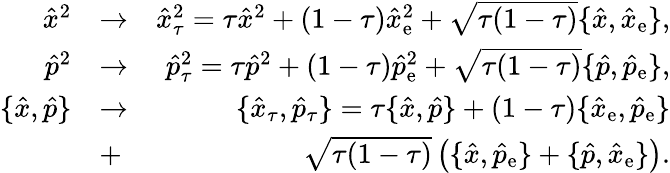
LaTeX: \begin{array}{rlr}{\hat{x}^{2}}&{\rightarrow}&{\hat{x}_{\tau}^{2}=\tau\hat{x}^{2}+(1-\tau)\hat{x}_{\mathrm{e}}^{2}+\sqrt{\tau(1-\tau)}\{ \hat{x},\hat{x}_{\mathrm{e}}\} ,}\\ {\hat{p}^{2}}&{\rightarrow}&{\hat{p}_{\tau}^{2}=\tau\hat{p}^{2}+(1-\tau)\hat{p}_{\mathrm{e}}^{2}+\sqrt{\tau(1-\tau)}\{ \hat{p},\hat{p}_{\mathrm{e}}\} ,}\\ {\{ \hat{x},\hat{p}\} }&{\rightarrow}&{\{ \hat{x}_{\tau},\hat{p}_{\tau}\} =\tau\{ \hat{x},\hat{p}\} +(1-\tau)\{ \hat{x}_{\mathrm{e}},\hat{p}_{\mathrm{e}}\} }\\ &{+}&{\sqrt{\tau(1-\tau)}\left(\{ \hat{x},\hat{p}_{\mathrm{e}}\} +\{ \hat{p},\hat{x}_{\mathrm{e}}\} \right).}\end{array}